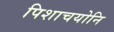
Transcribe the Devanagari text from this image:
पिशाचयोनि